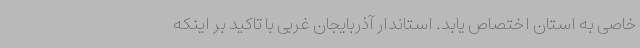
خاصی به استان اختصاص یابد. استاندار آذربایجان غربی با تاکید بر اینکه